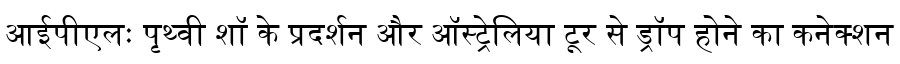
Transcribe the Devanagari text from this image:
आईपीएलः पृथ्वी शॉ के प्रदर्शन और ऑस्ट्रेलिया टूर से ड्रॉप होने का कनेक्शन